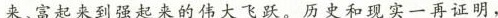
来、富起来到强起来的伟大飞跃。历史和现实一再证明，